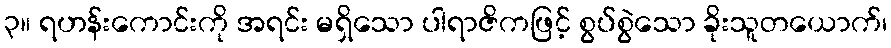
၃။ ရဟန်းကောင်းကို အရင်း မရှိသော ပါရာဇိကဖြင့် စွပ်စွဲသော ခိုးသူတယောက်၊